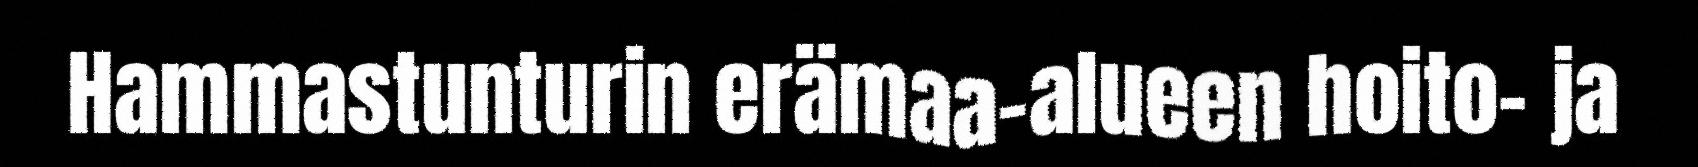
Hammastunturin erämaa-alueen hoito- ja